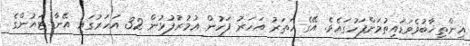
އިންތިޚާބުވެވަޑައިތުމަށްފަހުގައެވެ. އޭގެ ހަތަރު އަހަރު ފަހުން ޢުމުރުފުޅުން 32 އަހަރުގައި އޭނާ ޓައުންގެ